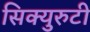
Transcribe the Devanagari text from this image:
सिक्युरुटी